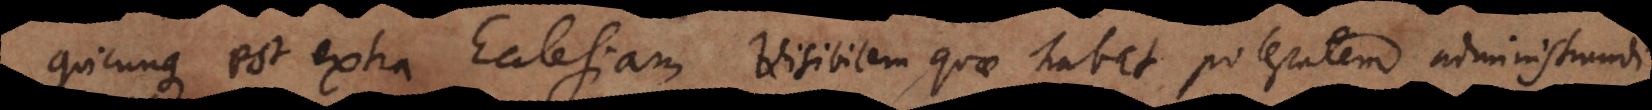
quicunque est extra Ecclesiam visibilem quae habet potestatem administrandi